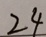
2 4